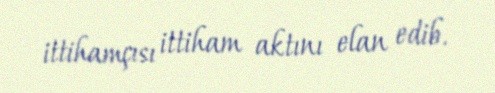
ittihamçısı ittiham aktını elan edib.